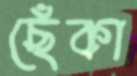
ছেঁকা